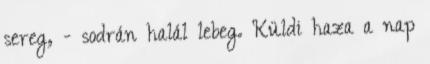
sereg, - sodrán halál lebeg. Küldi haza a nap